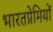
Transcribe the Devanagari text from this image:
भारतप्रेमियों